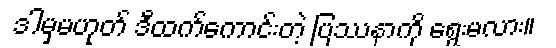
ဒါမှမဟုတ် ဒီထက်ကောင်းတဲ့ ပြဿနာကို ရွေးမလား။